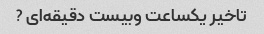
تاخیر یکساعت وبیست دقیقه‌ای ?